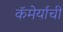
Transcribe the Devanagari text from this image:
कॅमेर्याची